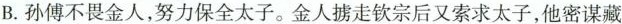
B. 孙傅不畏金人，努力保全太子。金人掳走钦宗后又索求太子，他密谋藏